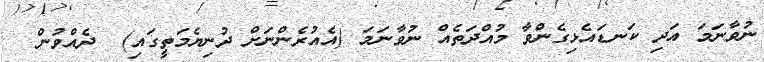
ނުވާނަމަ އަދި ކަނޑައެޅިގެންވާ މުއްދަތެއް ނުވާނަމަ (އެއުރެންނަށް ދުނިޔެމަތީގައި)  ދެއްވުން